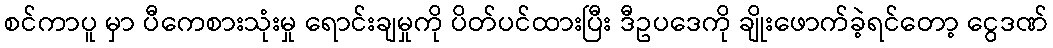
စင်ကာပူ မှာ ပီကေစားသုံးမှု ရောင်းချမှုကို ပိတ်ပင်ထားပြီး ဒီဥပဒေကို ချိုးဖောက်ခဲ့ရင်တော့ ငွေဒဏ်